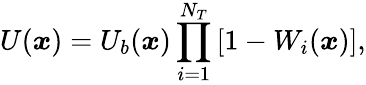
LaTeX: U(\boldsymbol{x})=U_{b}(\boldsymbol{x})\prod_{i=1}^{N_{T}}\left[1-W_{i}(\boldsymbol{x})\right],